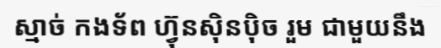
ស្មាច់ កងទ័ព ហ្វ៊ុនស៊ិនប៉ិច រួម ជាមួយនឹង